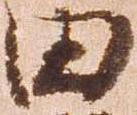
田